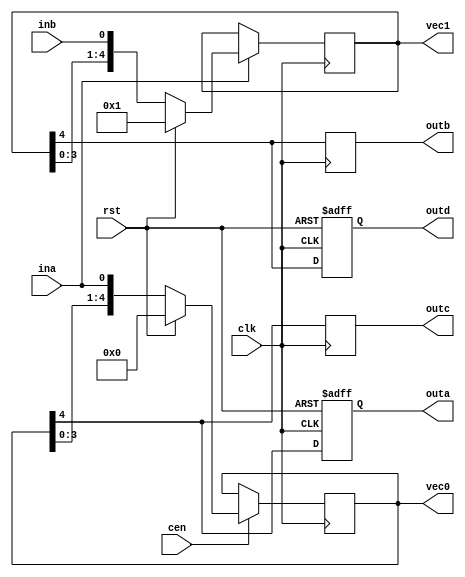
module top(input clk, cen, rst, ina, inb,
	   output reg outa, outb, outc, outd,
	   output [DEPTH-1:0] vec0,
	   output [DEPTH-1:0] vec1);

localparam DEPTH = 5;

reg [DEPTH-1:0] r_vec0 = 1'b0;
reg [DEPTH-1:0] r_vec1 = 1'b0;
initial outa = 1'b0;
initial outb = 1'b0;
initial outc = 1'b0;
initial outd = 1'b0;

// posedge, clock_enable, reset (sr)
always @(posedge clk)
    if (cen)
        if(rst)
            r_vec0 <= 1'b0;
        else
            r_vec0 <= {r_vec0[DEPTH-2:0], ina};

// negedge, clock_enable, reset (ss)
always @(negedge clk)
    if (ina)
        if(rst)
            r_vec1 <= 1'b1;
        else
            r_vec1 <= {r_vec1[DEPTH-2:0], inb};

// posedge, async reset (sr)
always @(posedge clk or posedge rst)
    if(rst)
        outa <= 1'b0;
    else
        outa <= r_vec0[DEPTH-1];

// posedge
always @(posedge clk)
    outb <= r_vec1[DEPTH-1];

// negedge
always @(negedge clk)
    outc <= r_vec0[DEPTH-1];

// negedge, async reset (ss)
always @(negedge clk or posedge rst)
    if (rst)
        outd <= 1'b1;
    else
        outd <= r_vec1[DEPTH-1];

assign vec0 = r_vec0;
assign vec1 = r_vec1;

endmodule